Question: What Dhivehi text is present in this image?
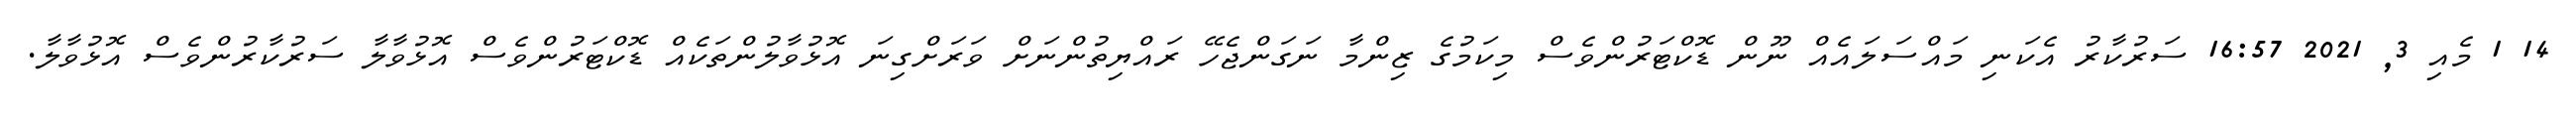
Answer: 14 1 މެއި 3, 2021 16:57 ސަރުކާރު އެކަނި މައްސަލައެއް ނޫން ޑޮކްޓަރުންވެސް މިކަމުގެ ޒިންމާ ނަގަންޖެހޭ ރައްޔިތުންނަށް ވަރަށްގިނަ އޮޅުވާލުންތަކެއް ޑޮކްޓަރުންވެސް އޮޅުވާލާ ސަރުކާރުންވެސް އޮޅުވާލާ.